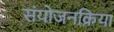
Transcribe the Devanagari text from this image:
संयोजनक्रिया